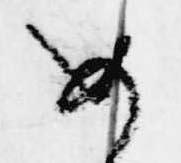
め